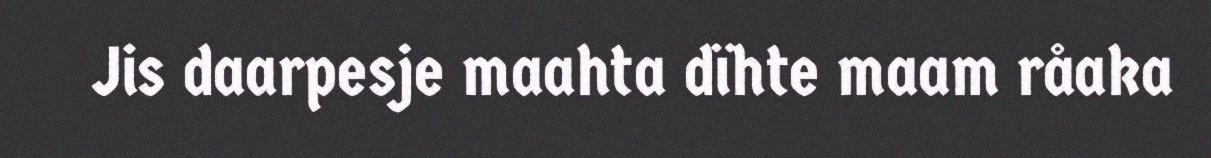
Jis daarpesje maahta dïhte maam råaka